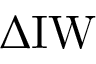
\Delta \mathrm { I W }